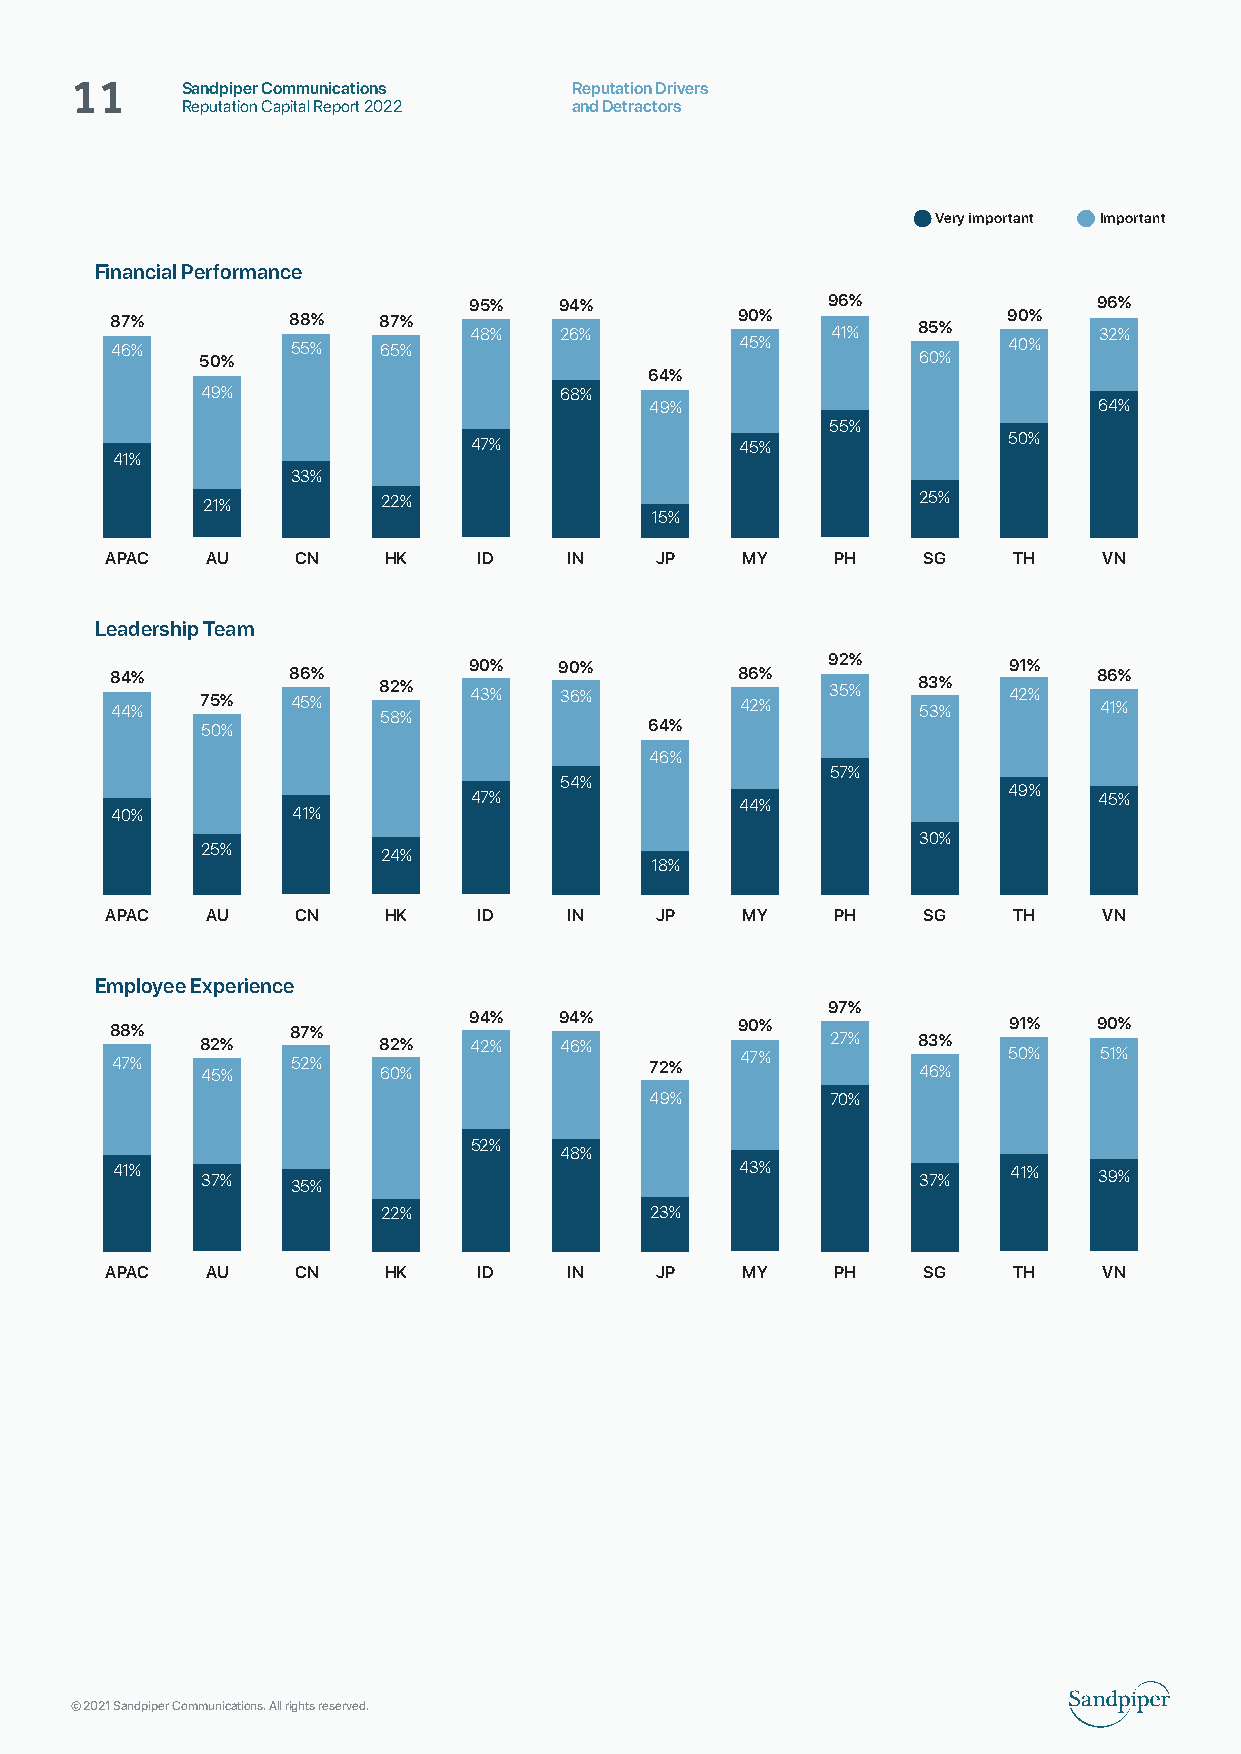
Sandpiper Communications  Reputation Drivers
 11     Reputation Capital Report 2022 and Detractors
 Very important Important
 Financial Performance
 95%   94%               96%               96%
 87%         88%   87%   48%   26%         90%   41%   85%   90%   32%
 46%   50%   55%   65%                     45%         60%   40%
 64%
 49%                     68%
 49%                           64%
 55%
 47%               45%               50%
 41%
 33%
 21%         22%                                 25%
 15%
 APAC   AU   CN    HK     ID    IN   JP    MY    PH    SG    TH    VN
 Leadership Team
 8 44 4%%
 75%
 8 46 5%% 8 52 8%
 %
 9 40 3%% 9 30 6%% 8 46 2%% 9 32 5%% 8 53 3%% 9 421%
 %
 8 46 1%%
 50%                           64%
 46%
 57%
 54%
 47%               44%               49%   45%
 40%         41%
 30%
 25%         24%
 18%
 APAC   AU   CN    HK     ID    IN   JP    MY    PH    SG    TH    VN
 Employee Experience
 97%
 8 48 7%% 8 42 5%
 %
 8 57 2%% 8 62 0%
 %
 9 44 2%% 9 44 6% %
 72%
 9 40 7%% 27% 8 43 6%
 %
 59 01% % 9 50 1%%
 49%         70%
 52%
 48%
 41%   37%   35%                           43%         37%   41%   39%
 22%               23%
 APAC   AU   CN    HK     ID    IN   JP    MY    PH    SG    TH    VN
 © 2021 Sandpiper Communications. All rights reserved.